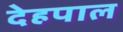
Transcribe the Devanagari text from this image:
देहपाल